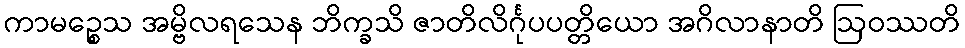
ကာမဉ္စေသ အမ္ဗိလရသေန ဘိက္ခသိ ဇာတိလိင်္ဂုပပတ္တိယော အဂိလာနာတိ ဩဝဿတိ